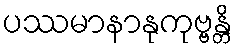
ပဿမာနာနုကုဗ္ဗန္တိ